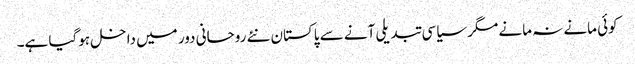
کوئی مانے نہ مانے مگر سیاسی تبدیلی آنے سے پاکستان نئے روحانی دور میں داخل ہوگیا ہے۔